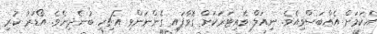
އެކަމަށް އެއްބަސްވިއެވެ. ނިއަލް ވެއިޓަރަކަށް ގޮވާފައި ގެންނަންވި އެޗިހި ބުނެދިނެވެ. އޯޑަރު ކުރި